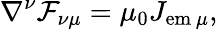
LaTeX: \nabla^{\nu}\mathcal{F}_{\nu\mu}=\mu_{0}J_{\mathrm{{em}}\, \mu},